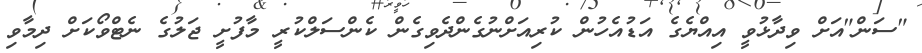
"ސަން"އަށް ވިދާޅުވީ އިއްޔެގެ އަޑުއެހުން ކުރިއަށްނުގެންދެވިގެން ކެންސަލްކުރީ މާފުށީ ޖަލުގެ ނެޓްވޯކަށް ދިމާވި